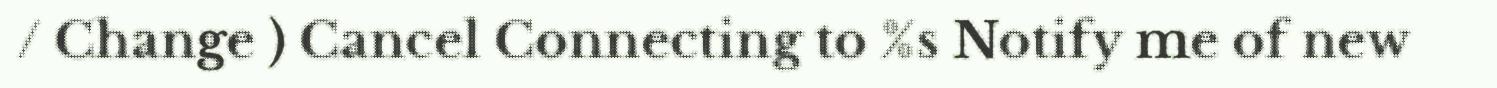
/ Change ) Cancel Connecting to %s Notify me of new